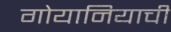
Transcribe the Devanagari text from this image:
गोयानियाची